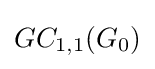
GC_{1,1}(G_{0})